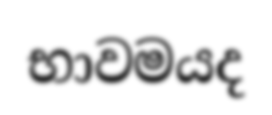
භාවමයද